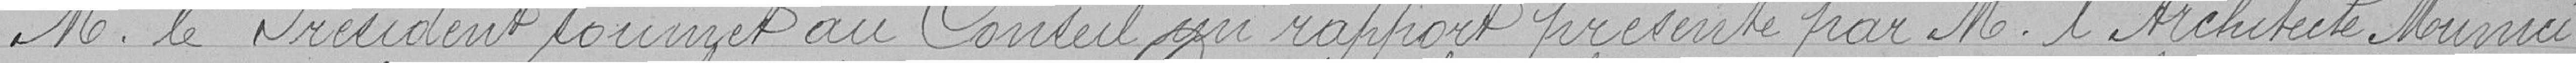
M. le Président soumet au Conseil un rapport présenté par M. l'Architecte Munici=